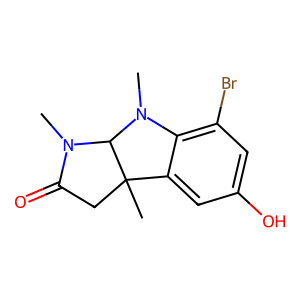
SMILES: CN1C(=O)CC2(C)c3cc(O)cc(Br)c3N(C)C12
Inhibits HIV replication: No